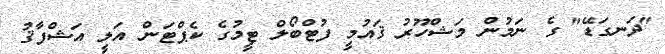
"ދަނގަޑޭ" ގެ ނަމުން މަޝްހޫރު ޤައުމީ ފުޓްބޯލް ޓީމުގެ ކެޕްޓަން އަލީ އަޝްފާޤު